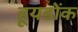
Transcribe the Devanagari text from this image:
हूयडोंक